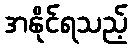
အနိုင်ရသည့်